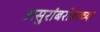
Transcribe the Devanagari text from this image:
असुरांबरोबरच्या